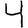
Digit: 4